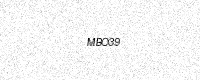
Text: MBO39